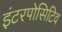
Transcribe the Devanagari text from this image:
इंटरपोसिटिव